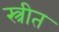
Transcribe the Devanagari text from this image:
स्त्रीत